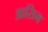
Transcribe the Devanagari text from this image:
आसिम